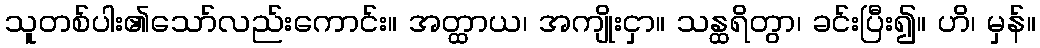
သူတစ်ပါး၏သော်လည်းကောင်း။ အတ္ထာယ၊ အကျိုးငှာ။ သန္ထရိတွာ၊ ခင်းပြီး၍။ ဟိ၊ မှန်။